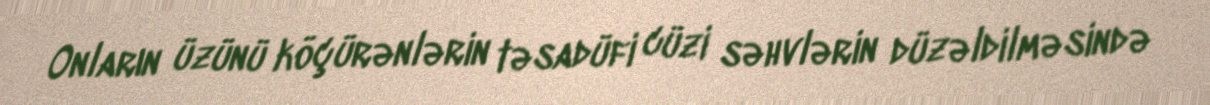
Onların üzünü köçürənlərin təsadüfi cüzi səhvlərin düzəldilməsində